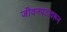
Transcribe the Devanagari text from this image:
जीवनपटावरून